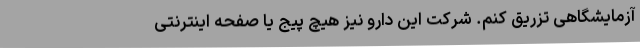
آزمایشگاهی تزریق کنم. شرکت این دارو نیز هیچ پیج یا صفحه اینترنتی